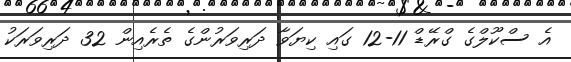
އެ ސްކޫލްގެ ގްރޭޑް 11-12 ގައި ކިޔަވާ ދަރިވަރުންގެ ތެރެއިން 32 ދަރިވަރަކު